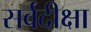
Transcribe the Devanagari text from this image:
सर्वदीक्षा